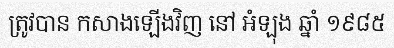
ត្រូវបាន កសាងឡើងវិញ នៅ អំឡុង ឆ្នាំ ១៩៨៥